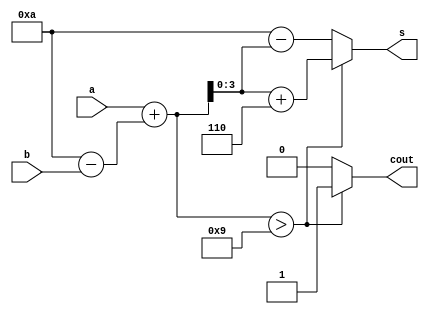
module bcd_sub(a,b,s,cout);
input [3:0]a,b;
output reg [3:0]s;
output reg cout;
reg [3:0]new_b;
  reg [4:0]new_s;
always@(a,b)
 begin
    new_b = 10-b;         //10's complement of input
    new_s = a + new_b;      // a - b
   if(new_s>9)
     begin
        cout=1;
        new_s=new_s+6;
        s=new_s[3:0];
     end
    else
     begin
        cout=0;
        s=new_s[3:0];
       s=10-s;               //10's complement as carry is 0
     end
 end
endmodule




//TB
module TB;
reg [3:0]a,b;
wire [3:0]s;
wire cout;
bcd_sub B1(a,b,s,cout);
initial
 begin
    a=4'b0000; b=4'b0000;                
    #10 a=4'b0011; b=4'b0011;              
    #10 a=4'b0111; b=4'b1100;             
    #10 a=4'b1100; b=4'b1011;           
    #10 a=4'b1011; b=4'b1000;              
    #10 a=4'b0100; b=4'b0111;               
 end

 
  initial
    begin
      $dumpfile("dump.vcd");
      $dumpvars(1);
      #100 $finish;
    end
endmodule